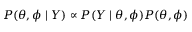
P ( \theta , \phi \mid Y ) \propto P ( Y \mid \theta , \phi ) P ( \theta , \phi )